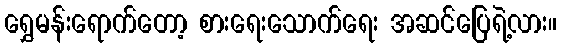
ရွှေမန်းရောက်တော့ စားရေးသောက်ရေး အဆင်ပြေရဲ့လား။